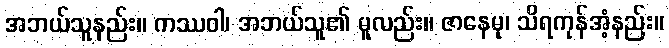
အဘယ်သူနည်း။ ကဿဝါ၊ အဘယ်သူ၏ မူလည်း။ ဇာနေမု၊ သိရကုန်အံ့နည်း။